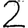
Digit: 2